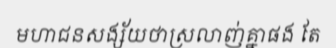
មហាជនសង្ស័យថាស្រលាញ់គ្នាផង តែ